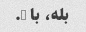
بله، با b.